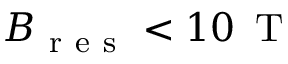
B _ { \mathrm { ~ r ~ e ~ s ~ } } < 1 0 \, \mathrm { ~ T ~ }